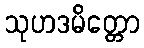
သုဟဒမိတ္တော